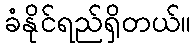
ခံနိုင်ရည်ရှိတယ်။